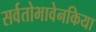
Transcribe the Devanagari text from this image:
सर्वतोभावेनकिया